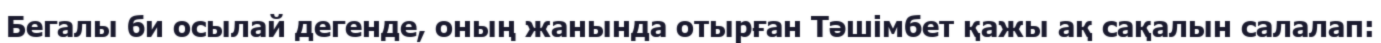
Бегалы би осылай дегенде, оның жанында отырған Тәшімбет қажы ақ сақалын салалап: